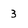
Character: 3